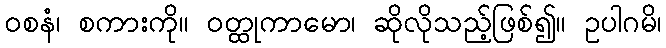
ဝစနံ၊ စကားကို။ ဝတ္ထုကာမော၊ ဆိုလိုသည့်ဖြစ်၍။ ဥပါဂမိ၊